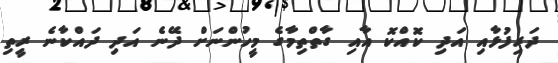
ދަރިފުޅާއި އަދި ކޮއްކޮ އާއި ގާތްތިމާގެ މީހުންނަށް ދޭނެ އަދި ދައްކާނެ ރީތި